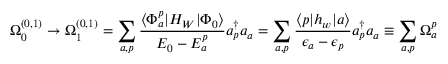
\Omega _ { 0 } ^ { ( 0 , 1 ) } \rightarrow \Omega _ { 1 } ^ { ( 0 , 1 ) } = \sum _ { a , p } \frac { \langle \Phi _ { a } ^ { p } | H _ { W } | \Phi _ { 0 } \rangle } { { \cal E } _ { 0 } - { \cal E } _ { a } ^ { p } } a _ { p } ^ { \dagger } a _ { a } = \sum _ { a , p } \frac { \langle p | h _ { w } | a \rangle } { \epsilon _ { a } - \epsilon _ { p } } a _ { p } ^ { \dagger } a _ { a } \equiv \sum _ { a , p } \Omega _ { a } ^ { p }